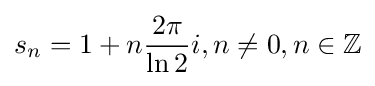
s_{n}=1+n{\frac {2\pi }{\ln {2}}}i,n\neq 0,n\in \mathbb {Z}